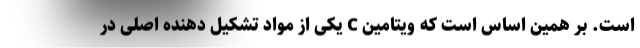
است. بر همین اساس است که ویتامین C یکی از مواد تشکیل دهنده اصلی در